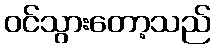
ဝင်သွားတော့သည်